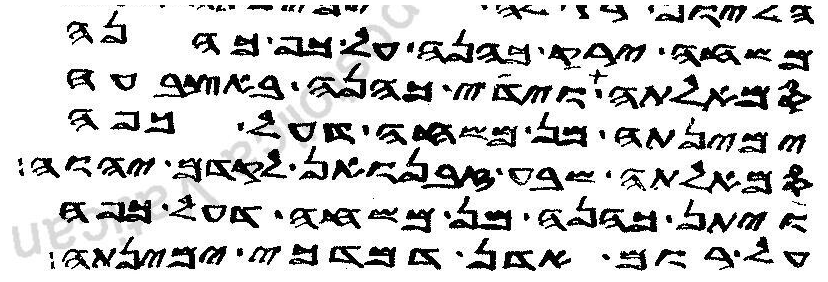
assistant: משחה ירק כהנה על כף כהנה
סמאלתה וידי כהנה באצבעה
ימינתה מן משחה דעל כפה
סמאלתה שבע זבנואן לקדם יהוה
ויתן כהנה מן משחה דעל כפה
על רום אדן דמדכי ימינתה